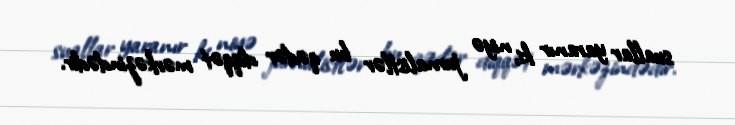
suallar yaranır ki, niyə jurnalistlər bu qədər diqqət mərkəzindədir.